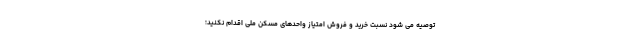
توصیه می شود نسبت خرید و فروش امتیاز واحدهای مسکن ملی اقدام نکنید؛